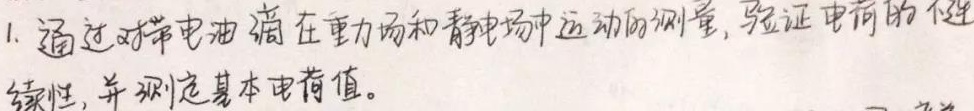
1. 通过对带电油滴在重力场和静电场中运动的测量, 验证电荷的不连续性, 并测定基本电荷值。